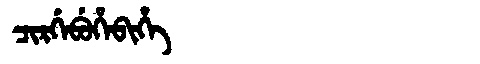
Manchu: ᠴᡳᡵᡤᡝᠪᡠᡥᡝᠪᡳᡥᡝ
Romanization: CIRGEBUHEBIHE